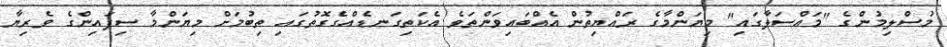
މުސްލިމުންގެ "މައްސަލާގައި" މިޔަންމާގެ ރައްޔިތުން އެއްބައިވަންތަވެ އެކަތިގަނޑެއްގެގޮތުގައި ތިބުމަށް މިޔަންމާ ސިފައިންގެ ވެރިޔާ